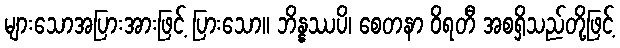
များသောအပြားအားဖြင့် ပြားသော။ ဘိန္နဿပိ၊ စေတနာ ဝိရတီ အစရှိသည်တို့ဖြင့်